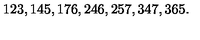
1 2 3 , 1 4 5 , 1 7 6 , 2 4 6 , 2 5 7 , 3 4 7 , 3 6 5 .